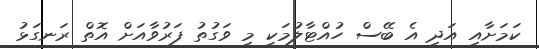
ކަމަށާއި އަދި އެ ބޭސް ހުއްޓާލުމަކީ މި ވަގުތު ފަރުވާއަށް އޮތް ރަނގަޅު